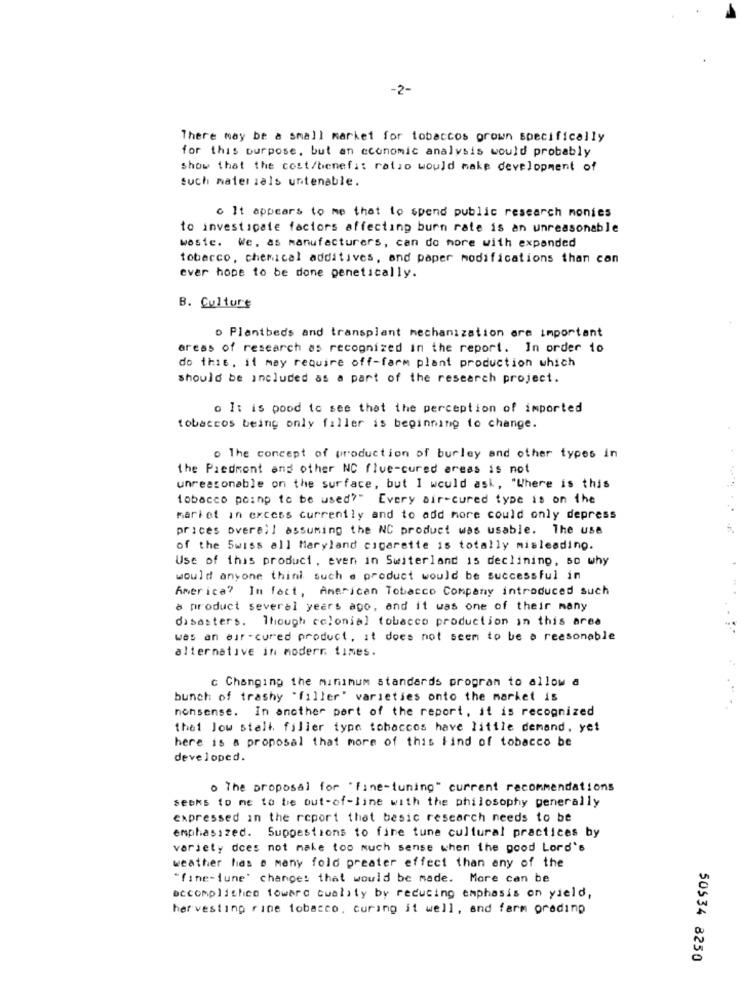
-2-
There may be a small market for tobaccos grown specifically
for this purpose, but an economic analysis would probably
show that the cost/benefit ratso would make development of
such materials untenable.
c It appears to me that to spend public research monies
to investigate factors affecting burn rate is an unreasonable
wosie. We, as manufacturers, can do more with expanded
tobacco, chemical additives, and paper modifications than can
ever hope to be done penetically.
B. Culture
o Plantbeds and transplant mechanization are important
areas of research as recognized in the report. In order to
do this, it may require off-farm plant production which
should be included as a part of the research project.
o It is pood to see that the perception of imported
tobaccos being only filler is beginning to change.
o The concept of production of burley and other types in
the Piedmont and other NC flue-cured areas is not
unreasonable on the surface, but I would ask, "Where is this
tobacco poinp to be used?" Every air-cured type is on the
market in excess currently and to add more could only depress
prices overal! assuming the NC product was usable. The use
of the Swiss all Maryland cigarette is totally misleading.
Use of this product, even in Switerland is declining, so why
would anyone thini such a product would be successful in
America? In fact, American Tobacco Company introduced such
a product several years ago, and it was one of their many
disasters. Though colonial tobacco production in this area
was an air -cured product, it does not seem to be a reasonable
alternative in modern times.
c Changing the minimum standards program to allow a
bunch of trashy "filler" varieties onto the market is
nonsense. In another part of the report, it is recognized
that Jow stall, filler type tobaccos have little demand, yet
here is a proposal that more of this find of tobacco be
developed.
o The proposal for "fine-tuning" current recommendations
seeks to me to be out-of-line with the philosophy generally
expressed in the report that besic research needs to be
emphasized. Suppestions to fire tune cultural practices by
variety does not make too much sense when the good Lord's
weather has e many fold preater effect than any of the
"fine-tune' change: that would be made. More can be
accomplithen toward Quality by reducing emphasis on yield,
har vesting rine tobacco, curing it well, and farm oradinp
50534 8250